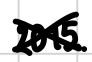
Text: 2015.
Cross-out: cross
Writing tool: digital_black